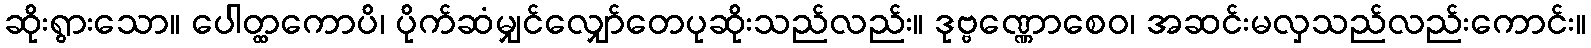
ဆိုးရွားသော။ ပေါတ္ထကောပိ၊ ပိုက်ဆံမျှင်လျှော်တေပုဆိုးသည်လည်း။ ဒုဗ္ဗဏ္ဏောစေဝ၊ အဆင်းမလှသည်လည်းကောင်း။